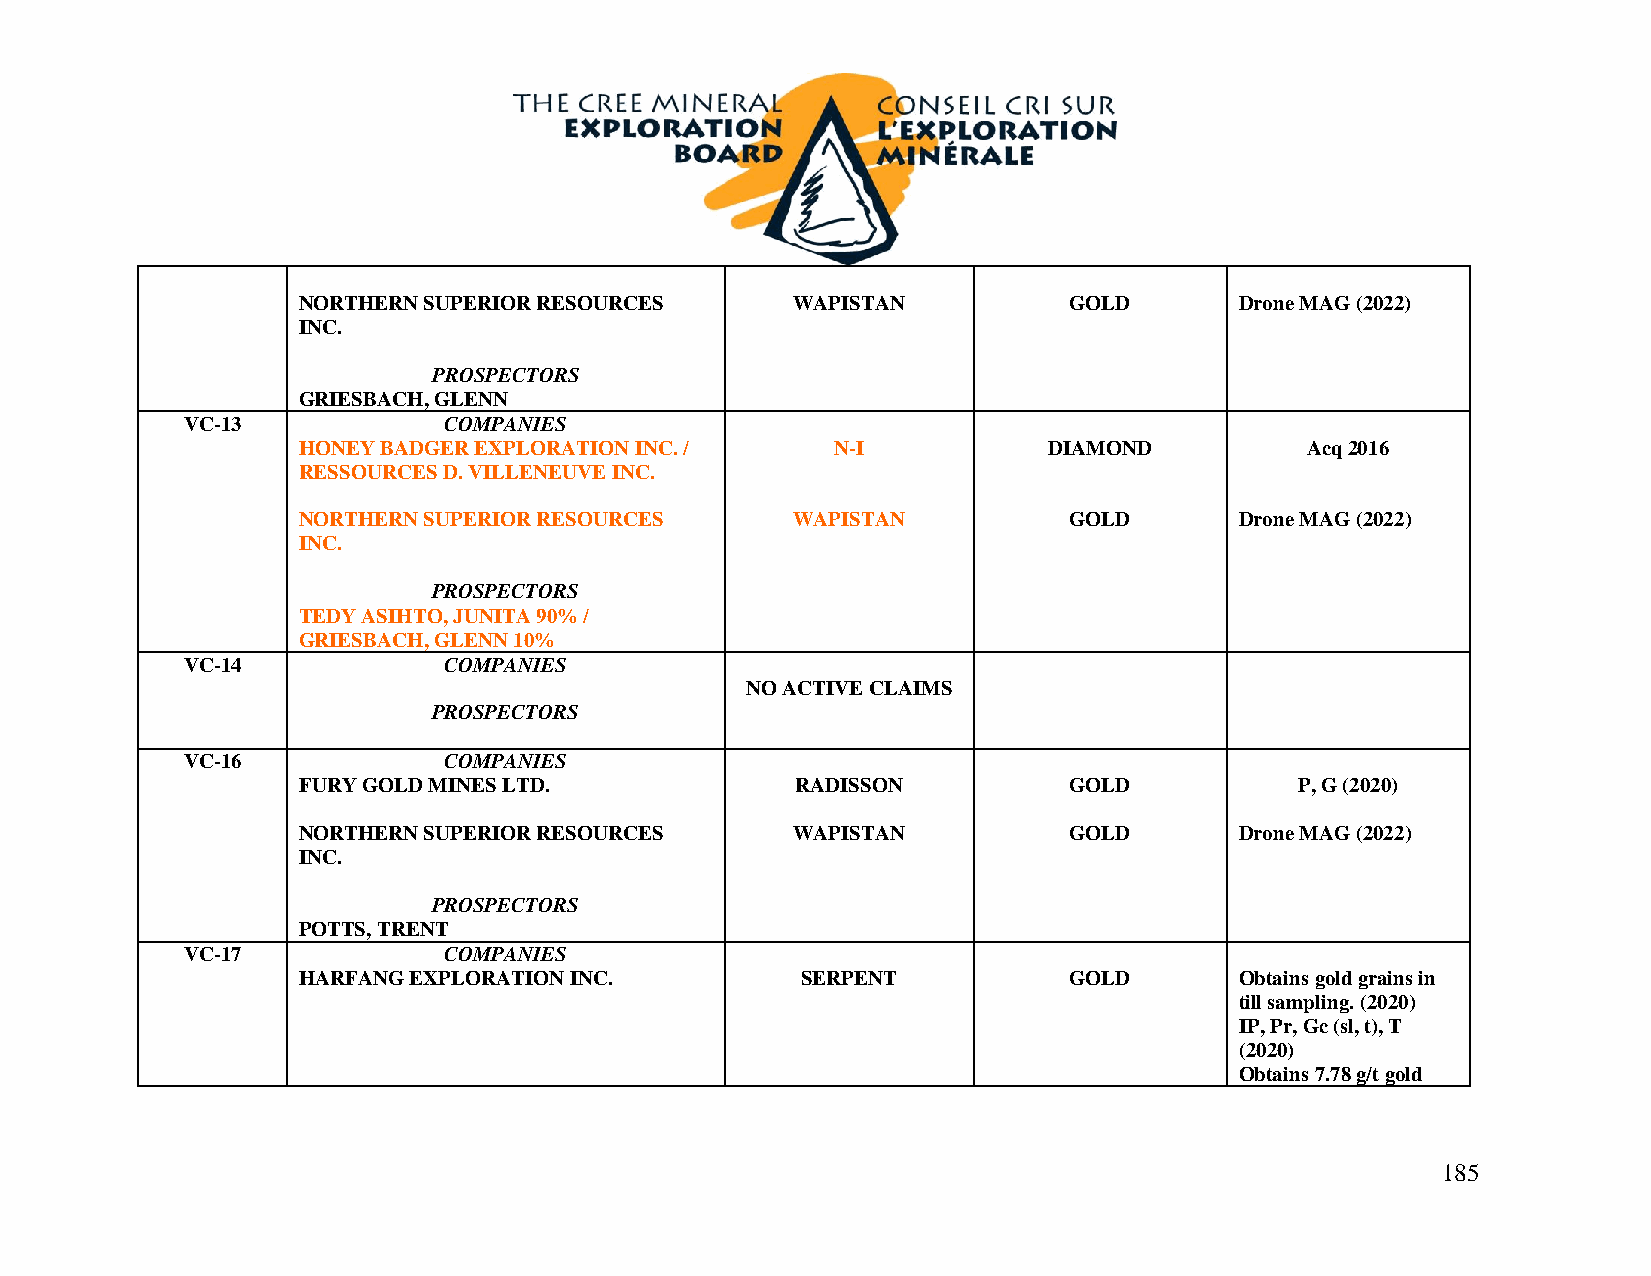
NORTHERN SUPERIOR RESOURCES     WAPISTAN           GOLD       Drone MAG (2022)
 INC.
 PROSPECTORS
 GRIESBACH, GLENN
 VC-13            COMPANIES
 HONEY BADGER EXPLORATION INC. /    N-I           DIAMOND          Acq 2016
 RESSOURCES D. VILLENEUVE INC.
 NORTHERN SUPERIOR RESOURCES     WAPISTAN           GOLD       Drone MAG (2022)
 INC.
 PROSPECTORS
 TEDY ASIHTO, JUNITA 90% /
 GRIESBACH, GLENN 10%
 VC-14            COMPANIES
 NO ACTIVE CLAIMS
 PROSPECTORS
 VC-16            COMPANIES
 FURY GOLD MINES LTD.             RADISSON          GOLD           P, G (2020)
 NORTHERN SUPERIOR RESOURCES     WAPISTAN           GOLD       Drone MAG (2022)
 INC.
 PROSPECTORS
 POTTS, TRENT
 VC-17            COMPANIES
 HARFANG EXPLORATION INC.         SERPENT           GOLD       Obtains gold grains in
 till sampling. (2020)
 IP, Pr, Gc (sl, t), T
 (2020)
 Obtains 7.78 g/t gold
 185